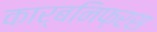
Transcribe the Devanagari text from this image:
कार्बनिफ़रस